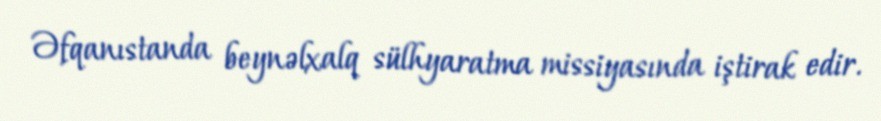
Əfqanıstanda beynəlxalq sülhyaratma missiyasında iştirak edir.